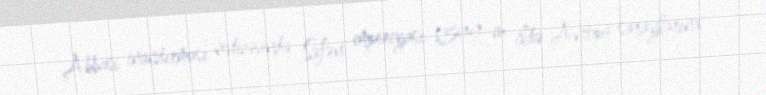
Abbası inandırması nəticəsində Səfəvi imperiyası 1599-cu ildə Avropa saraylarına